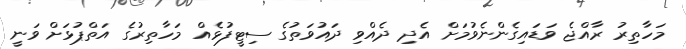
މަހާތިރު ރާއްޖެ ވަޑައިގެންނެވުމަށް އެދި ދެއްވި ދައުވަތުގެ ސިޓީފުޅެއް މަހާތިރުގެ އަތްޕުޅަށް ވަނީ